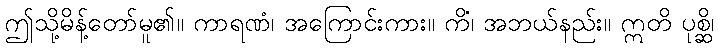
ဤသို့မိန့်တော်မူ၏။ ကာရဏံ၊ အကြောင်းကား။ ကိံ၊ အဘယ်နည်း။ ဣတိ ပုစ္ဆိ၊